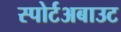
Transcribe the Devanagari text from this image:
स्पोर्टअबाउट